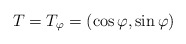
\begin{align*}T=T_\varphi=\left( \cos \varphi ,\sin \varphi \right) \end{align*}